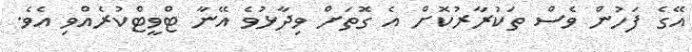
އޭގެ ފަހުން ވެސް ތަކުރާރުކޮށް އެ ގޮތަށް ވިދާޅުވެ އޭނާ ޓްވީޓްކުރެއްވި އެވެ.